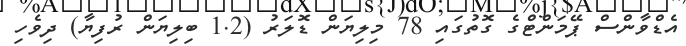
އެޑްވާންސް ޕޭމަންޓްގެ ގޮތުގައި 78 މިލިޔަން ޑޮލަރު (1.2 ބިލިޔަން ރުފިޔާ) ދިވެހި